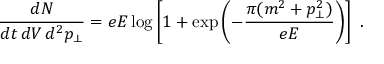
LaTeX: \frac { d N } { d t \, d V \, d ^ { 2 } p _ { \perp } } = e E \log \left[ 1 + \exp \left( - \frac { \pi ( m ^ { 2 } + p _ { \perp } ^ { 2 } ) } { e E } \right) \right] \ .